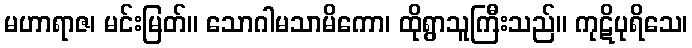
မဟာရာဇ၊ မင်းမြတ်။ သောဂါမသာမိကော၊ ထိုရွာသူကြီးသည်။ ကုဋိပုရိသေ၊